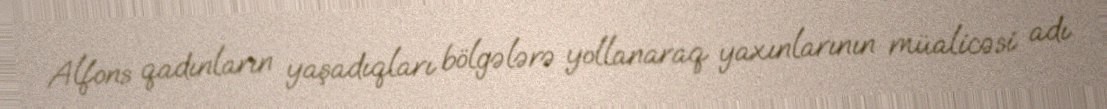
Alfons qadınların yaşadıqları bölgələrə yollanaraq yaxınlarının müalicəsi adı